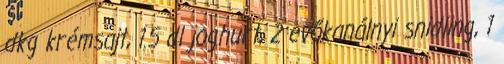
dkg krémsajt, 1.5 dl joghurt, 2 evőkanálnyi snidling, 1